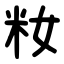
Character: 籹